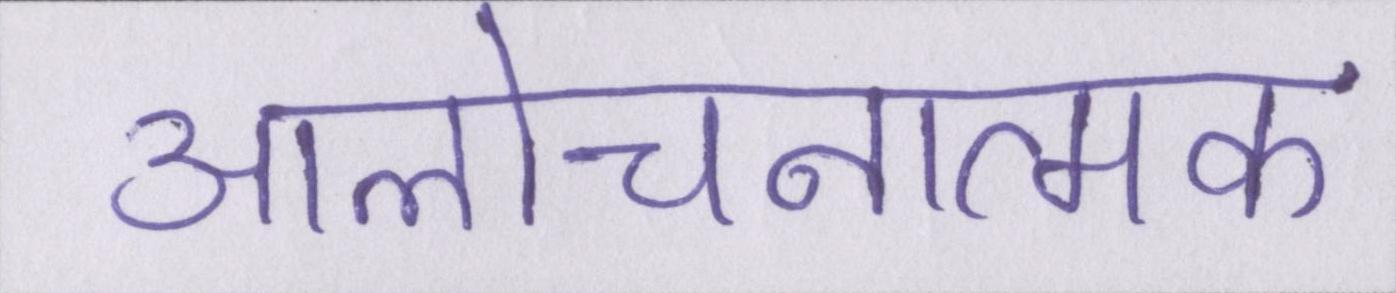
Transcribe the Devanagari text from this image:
आलोचनात्मक